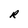
Character: R